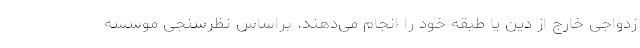
زدواجی خارج از دین یا طبقه خود را انجام می‌دهند. براساس نظرسنجی موسسه